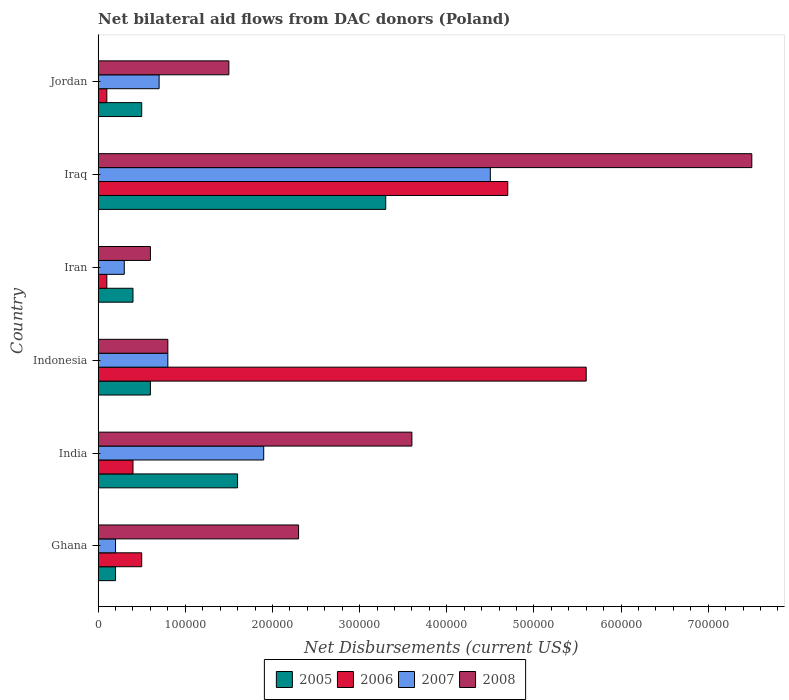
| Country | 2005 | 2006 | 2007 | 2008 |
 | --- | --- | --- | --- | --- |
 | Ghana | 2e+04 | 5e+04 | 2e+04 | 2.3e+05 |
 | India | 1.6e+05 | 4e+04 | 1.9e+05 | 3.6e+05 |
 | Indonesia | 6e+04 | 5.6e+05 | 8e+04 | 8e+04 |
 | Iran | 4e+04 | 1e+04 | 3e+04 | 6e+04 |
 | Iraq | 3.3e+05 | 4.7e+05 | 4.5e+05 | 7.5e+05 |
 | Jordan | 5e+04 | 1e+04 | 7e+04 | 1.5e+05 |